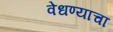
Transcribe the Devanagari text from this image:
वेधण्याचा